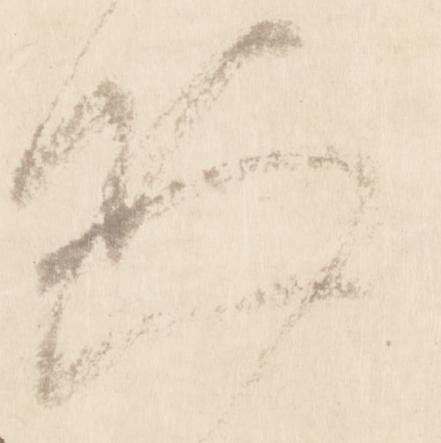
恐